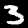
Label: 3